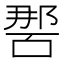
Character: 𭉔